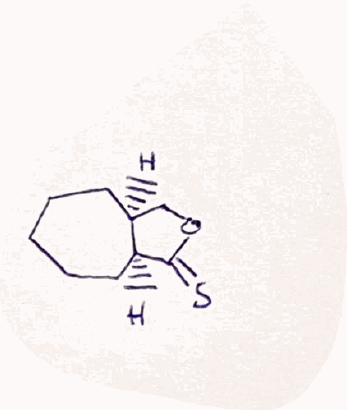
Simplified molecular-input line-entry system (SMILES) notation of the given molecule:
C1CC[C@H]2COC(=S)[C@H]2CC1